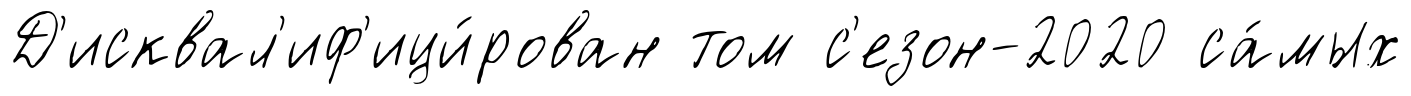
Д'исквал'иф'ици́рован том с'езон-2020 са́мых